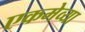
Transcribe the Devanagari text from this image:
एकमेव्या